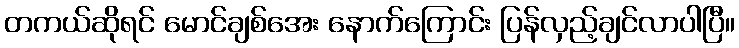
တကယ်ဆိုရင် မောင်ချစ်အေး နောက်ကြောင်း ပြန်လှည့်ချင်လာပါပြီ။